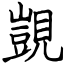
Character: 覬